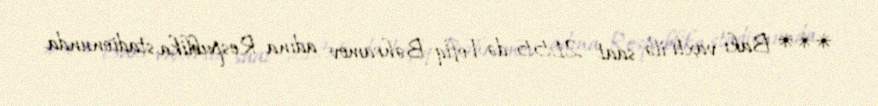
*** Bakı vaxtı ilə saat 21:55-də Tofiq Bəhramov adına Respublika stadionunda